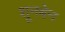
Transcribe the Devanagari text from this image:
शूनबेन